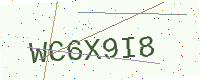
Text: WC6X9I8